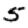
Digit: 5